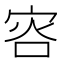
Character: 𡨐